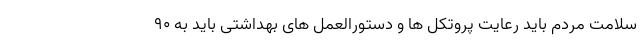
سلامت مردم باید رعایت پروتکل ها و دستورالعمل های بهداشتی باید به ۹۰